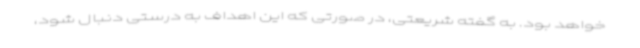
خواهد بود. به گفته شریعتی، در صورتی که این اهداف به درستی دنبال شود،